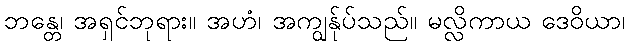
ဘန္တေ၊ အရှင်ဘုရား။ အဟံ၊ အကျွန်ုပ်သည်။ မလ္လိကာယ ဒေဝိယာ၊